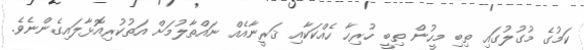
ކަމުގެ މުގުލުގައި ތިބި މީހުން ތިބީ ހުރިހާ ހެއްކަކާއި ޤަރީނާއެއް ނައްތާލުމަށް އަތުކުރިއޮޅާލައިގެންނެވެ.